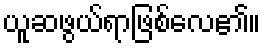
ယူဆဖွယ်ရာဖြစ်လေ၏။